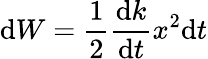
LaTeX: \mathrm{d}W=\frac{1}{2}\frac{\mathrm{d}k}{\mathrm{d}t}x^{2}\mathrm{d}t